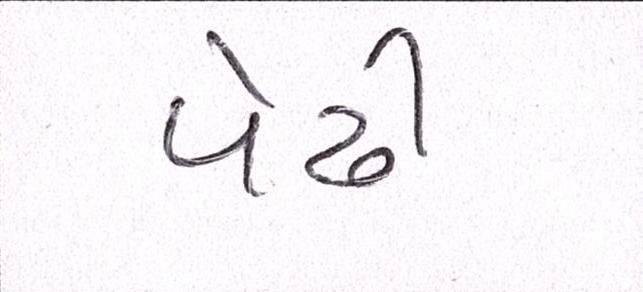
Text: પેઢી